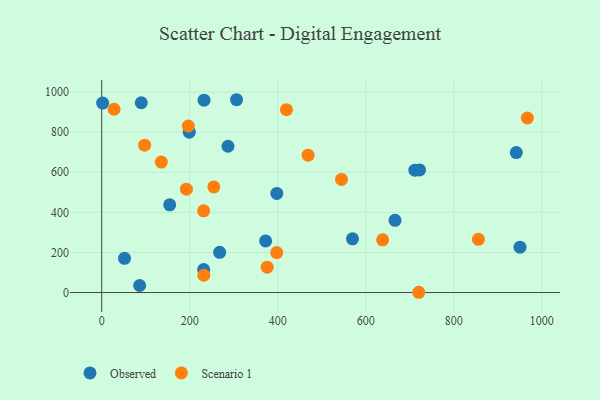
{"axis": {"x": "Experience", "y": "Yield"}, "legend": ["Observed", "Scenario 1"], "data": [{"x": "711.5", "y": 610.3, "type": "Observed"}, {"x": "51.8", "y": 170.9, "type": "Observed"}, {"x": "89.9", "y": 946.9, "type": "Observed"}, {"x": "722.2", "y": 611.7, "type": "Observed"}, {"x": "154.5", "y": 437.6, "type": "Observed"}, {"x": "199.0", "y": 799.8, "type": "Observed"}, {"x": "232.5", "y": 959.7, "type": "Observed"}, {"x": "397.8", "y": 494.2, "type": "Observed"}, {"x": "86.2", "y": 35.1, "type": "Observed"}, {"x": "569.8", "y": 268.0, "type": "Observed"}, {"x": "286.9", "y": 729.8, "type": "Observed"}, {"x": "268.0", "y": 200.4, "type": "Observed"}, {"x": "372.4", "y": 257.6, "type": "Observed"}, {"x": "231.6", "y": 115.0, "type": "Observed"}, {"x": "306.4", "y": 961.9, "type": "Observed"}, {"x": "950.3", "y": 226.2, "type": "Observed"}, {"x": "941.9", "y": 698.3, "type": "Observed"}, {"x": "2.1", "y": 945.4, "type": "Observed"}, {"x": "666.4", "y": 360.1, "type": "Observed"}, {"x": "196.8", "y": 830.8, "type": "Scenario 1"}, {"x": "192.4", "y": 515.4, "type": "Scenario 1"}, {"x": "135.4", "y": 651.0, "type": "Scenario 1"}, {"x": "638.2", "y": 262.8, "type": "Scenario 1"}, {"x": "855.8", "y": 265.6, "type": "Scenario 1"}, {"x": "967.1", "y": 870.8, "type": "Scenario 1"}, {"x": "28.1", "y": 914.4, "type": "Scenario 1"}, {"x": "97.5", "y": 735.1, "type": "Scenario 1"}, {"x": "254.8", "y": 526.8, "type": "Scenario 1"}, {"x": "468.9", "y": 685.4, "type": "Scenario 1"}, {"x": "419.8", "y": 912.5, "type": "Scenario 1"}, {"x": "720.3", "y": 1.3, "type": "Scenario 1"}, {"x": "232.0", "y": 86.3, "type": "Scenario 1"}, {"x": "544.8", "y": 564.3, "type": "Scenario 1"}, {"x": "375.9", "y": 126.4, "type": "Scenario 1"}, {"x": "397.7", "y": 199.2, "type": "Scenario 1"}, {"x": "231.6", "y": 407.4, "type": "Scenario 1"}]}